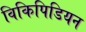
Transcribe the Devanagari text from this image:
विकिपिडियन